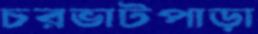
চরভাটপাড়া